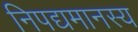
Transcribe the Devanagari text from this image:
निपद्यमानस्य